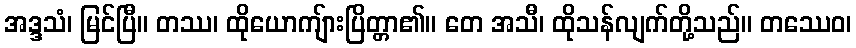
အဒ္ဒသံ၊ မြင်ပြီ။ တဿ၊ ထိုယောကျ်ားပြိတ္တာ၏။ တေ အသီ၊ ထိုသန်လျက်တို့သည်။ တဿေဝ၊